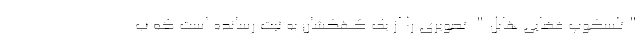
"تلسکوپ فضایی هابل" تصویری را از یک کهکشان به ثبت رسانده است که ب